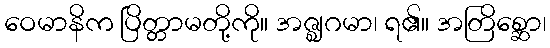
ဝေမာနိက ပြိတ္တာမတို့ကို။ အဇ္ဈဂမာ၊ ရ၏။ အတြိစ္ဆော၊